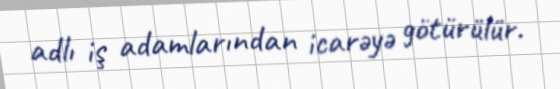
adlı iş adamlarından icarəyə götürülür.